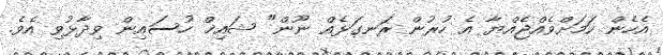
އެހެން ކަމަށްވެއްޖެއްޔާ އެ ހުރުން ރަނގަޅެއް ނޫން" ޝައިޚް ހުސައިން ވިދާޅުވި އެވެ.